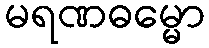
မရဏဓမ္မော